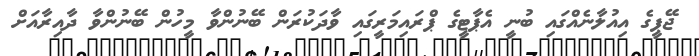
ޖޭޕީގެ އިއުލާނެއްގައި ބުނީ އެޕާޓީގެ ޕްރައިމަރީގައި ވާދަކުރަން ބޭނުންވާ މީހުން ބޭނުންވާ ދާއިރާއަށް